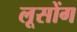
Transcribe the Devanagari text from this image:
लूसोंग